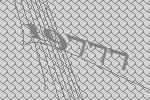
19777